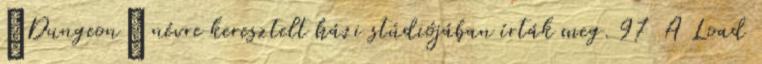
„Dungeon” névre keresztelt házi stúdiójában írták meg. 97 A Load